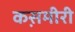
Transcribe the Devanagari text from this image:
कस़मीरी